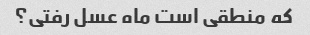
که منطقی است ماه عسل رفتی؟